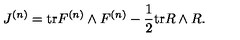
J ^ { ( n ) } = \mathrm { t r } F ^ { ( n ) } \wedge F ^ { ( n ) } - \frac { 1 } { 2 } \mathrm { t r } R \wedge R .